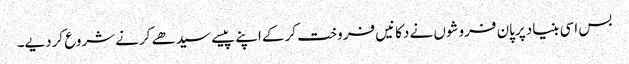
بس اسی بنیاد پرپان فروشوں نے دکانیں فروخت کرکے اپنے پیسے سیدھے کرنے شروع کردیے۔